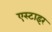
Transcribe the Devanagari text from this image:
एस्टाइर